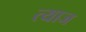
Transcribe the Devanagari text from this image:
त्याज